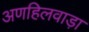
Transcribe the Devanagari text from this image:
अणहिलवाड़ा